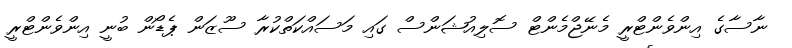
ނާސާގެ އިންވެންޓްރީ މެނޭޖްމެންޓް ސޮލިއުޝަންސް ގައި މަސައްކަތްކުރާ ސޫޒަން ޕެޑޯން ބުނީ އިންވެންޓްރީ